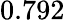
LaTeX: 0.792